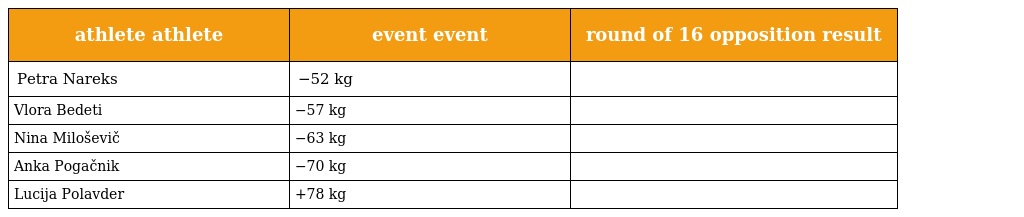
| athlete athlete | event event | round of 16 opposition result |
 | --- | --- | --- |
 | Petra Nareks | −52 kg |  |
 | Vlora Bedeti | −57 kg |  |
 | Nina Miloševič | −63 kg |  |
 | Anka Pogačnik | −70 kg |  |
 | Lucija Polavder | +78 kg |  |